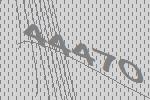
44470